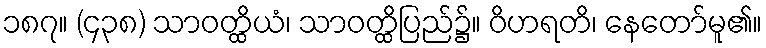
၁၈၇။ (၄၃၈) သာဝတ္ထိယံ၊ သာဝတ္ထိပြည်၌။ ဝိဟရတိ၊ နေတော်မူ၏။